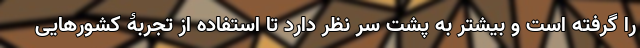
را گرفته است و بیشتر به پشت سر نظر دارد تا استفاده از تجربۀ کشورهایی